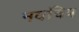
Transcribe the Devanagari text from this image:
नवचित्र